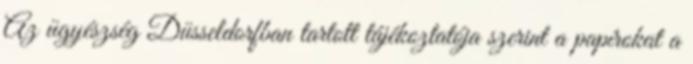
Az ügyészség Düsseldorfban tartott tájékoztatója szerint a papírokat a